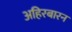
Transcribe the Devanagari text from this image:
अहिरबारन